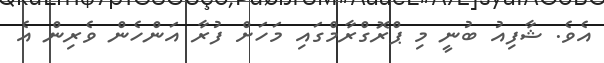
އެވެ. ޝާފިއު ބުނީ މި ޕްރޮގްރާމްގައި މަހަށް ފުރާ އަންހެން ވެރިން އެ